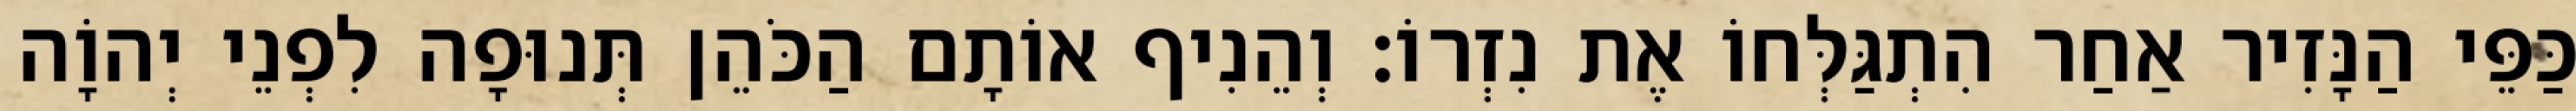
כַּפֵּי הַנָּזִיר אַחַר הִתְגַּלְּחוֹ אֶת נִזְרוֹ׃ וְהֵנִיף אוֹתָם הַכֹּהֵן תְּנוּפָה לִפְנֵי יְהוָֹה